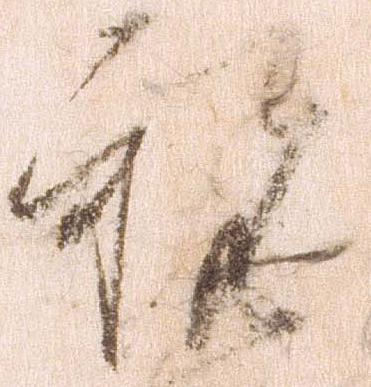
祝